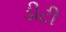
ડીટી